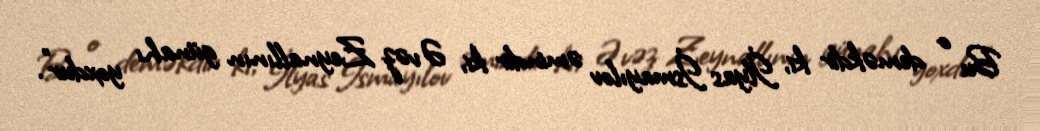
Bu o deməkdir ki, İlyas İsmayılov əmindir ki, Əvəz Zeynallının günahı yoxdur”.